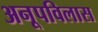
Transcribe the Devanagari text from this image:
अनूपविलास